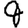
Digit: 9